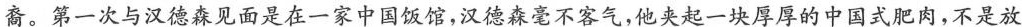
裔。第一次与汉德森见面是在一家中国饭馆，汉德森毫不客气，他夹起一块厚厚的中国式肥肉，不是放